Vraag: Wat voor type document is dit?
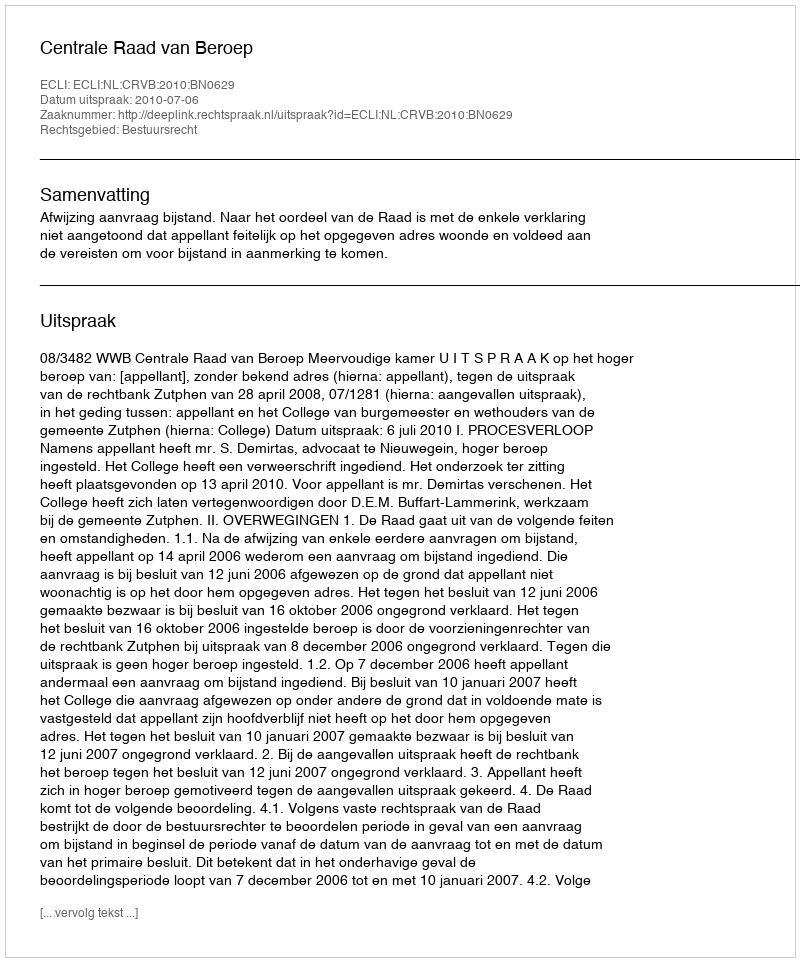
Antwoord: Uitspraak